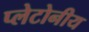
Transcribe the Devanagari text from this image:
प्लेटोनीय